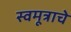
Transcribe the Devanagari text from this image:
स्वमूत्राचे